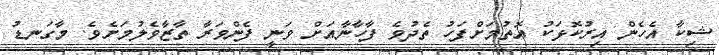
ޝިކާ އެހެން އިރުކޮޅަކު އޮތުމަށްފަހު ތެދުވެ ފާހާނާއަށް ވަނީ ފެންވަރާ ތާޒާވެލުމަށެވެ. މާގަނޑު